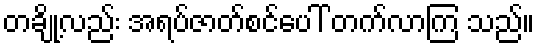
တချို့လည်း အရပ်ဇာတ်စင်ပေါ် တက်လာကြ သည်။